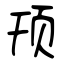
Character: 顸